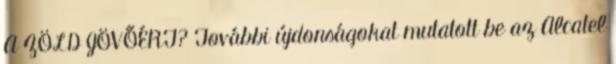
A ZÖLD JÖVŐÉRT? További újdonságokat mutatott be az Alcatel